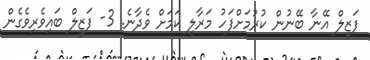
ފަޒީލް އޭނާ ބޭނުން ކުރުމަށްފަހު މަރާލީ ކަމަށް ވެދާނެ. 3- ފަޒީލް ބައިވެރިވެގެން